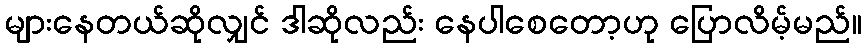
များနေတယ်ဆိုလျှင် ဒါဆိုလည်း နေပါစေတော့ဟု ပြောလိမ့်မည်။